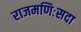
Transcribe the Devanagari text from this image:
राजमणिःसदा